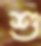
শু